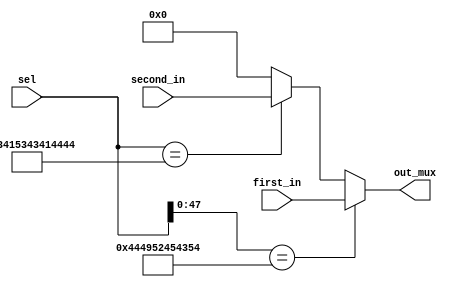
module muxbinput (first_in,second_in,sel,out_mux);
input [17:0] first_in,second_in;
input [55:0] sel;
output [17:0] out_mux ;
reg [17:0] out_mux_tmp;
reg [55:0] sel_tmp;
always @(*) begin
sel_tmp=sel;
if(sel_tmp[47:0]=="DIRECT") begin
    out_mux_tmp=first_in;
end    
else if(sel_tmp[55:0]=="CASCADE") begin
    out_mux_tmp=second_in;
end
else begin
    out_mux_tmp=0;
end
end
assign out_mux=out_mux_tmp;
endmodule